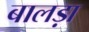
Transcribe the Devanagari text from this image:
बालड़ा